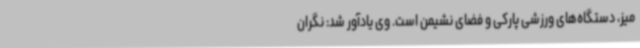
میز، دستگاه‌های ورزشی پارکی و فضای نشیمن است. وی یادآور شد: نگران